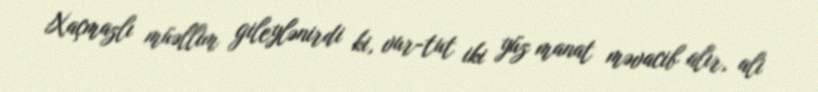
Xaçmazlı müəllim gileylənirdi ki, vur-tut iki yüz manat məvacib alır, ali